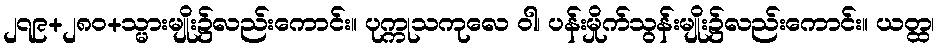
၂၇၉+၂၈၀+သ္မားမျိုး၌လည်းကောင်း။ ပုက္ကုသကုလေ ဝါ၊ ပန်းမှိုက်သွန်းမျိုး၌လည်းကောင်း။ ယတ္ထ၊